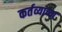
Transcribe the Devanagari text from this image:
कर्तव्याच्या